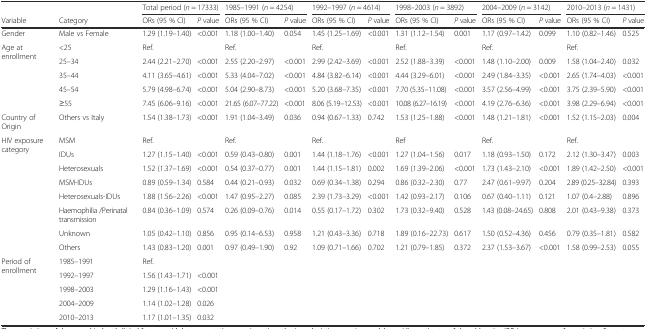
<table><thead><tr><td></td><td></td><td colspan="2"><b>Total period (<i>n</i> = 17333)</b></td><td colspan="2"><b>1985–1991 (<i>n</i> = 4254)</b></td><td colspan="2"><b>1992–1997 (<i>n</i> = 4614)</b></td><td colspan="2"><b>1998–2003 (<i>n</i> = 3892)</b></td><td colspan="2"><b>2004–2009 (<i>n</i> = 3142)</b></td><td colspan="2"><b>2010–2013 (<i>n</i> = 1431)</b></td></tr><tr><td><b>Variable</b></td><td><b>Category</b></td><td><b>ORs (95 % CI)</b></td><td><b><i>P</i> value</b></td><td><b>ORs (95 % CI)</b></td><td><b><i>P</i> value</b></td><td><b>ORs (95 % CI)</b></td><td><b><i>P</i> value</b></td><td><b>ORs (95 % CI)</b></td><td><b><i>P</i> value</b></td><td><b>ORs (95 % CI)</b></td><td><b><i>P</i> value</b></td><td><b>ORs (95 % CI)</b></td><td><b><i>P</i> value</b></td></tr></thead><tbody><tr><td>Gender</td><td>Male vs Female</td><td>1.29 (1.19–1.40)</td><td>&lt;0.001</td><td>1.18 (1.00–1.40)</td><td>0.054</td><td>1.45 (1.25–1.69)</td><td>&lt;0.001</td><td>1.31 (1.12–1.54)</td><td>0.001</td><td>1.17 (0.97–1.42)</td><td>0.099</td><td>1.10 (0.82–1.46)</td><td>0.525</td></tr><tr><td rowspan="5">Age at enrollment</td><td>&lt;25</td><td>Ref.</td><td></td><td>Ref.</td><td></td><td>Ref.</td><td></td><td>Ref.</td><td></td><td>Ref.</td><td></td><td>Ref.</td><td></td></tr><tr><td>25–34</td><td>2.44 (2.21–2.70)</td><td>&lt;0.001</td><td>2.55 (2.20–2.97)</td><td>&lt;0.001</td><td>2.99 (2.42–3.69)</td><td>&lt;0.001</td><td>2.52 (1.88–3.39)</td><td>&lt;0.001</td><td>1.48 (1.10–2.00)</td><td>0.009</td><td>1.58 (1.04–2.40)</td><td>0.032</td></tr><tr><td>35–44</td><td>4.11 (3.65–4.61)</td><td>&lt;0.001</td><td>5.33 (4.04–7.02)</td><td>&lt;0.001</td><td>4.84 (3.82–6.14)</td><td>&lt;0.001</td><td>4.44 (3.29–6.01)</td><td>&lt;0.001</td><td>2.49 (1.84–3.35)</td><td>&lt;0.001</td><td>2.65 (1.74–4.03)</td><td>&lt;0.001</td></tr><tr><td>45–54</td><td>5.79 (4.98–6.74)</td><td>&lt;0.001</td><td>5.04 (2.90–8.73)</td><td>&lt;0.001</td><td>5.20 (3.68–7.35)</td><td>&lt;0.001</td><td>7.70 (5.35–11.08)</td><td>&lt;0.001</td><td>3.57 (2.56–4.99)</td><td>&lt;0.001</td><td>3.75 (2.39–5.90)</td><td>&lt;0.001</td></tr><tr><td>≥55</td><td>7.45 (6.06–9.16)</td><td>&lt;0.001</td><td>21.65 (6.07–77.22)</td><td>&lt;0.001</td><td>8.06 (5.19–12.53)</td><td>&lt;0.001</td><td>10.08 (6.27–16.19)</td><td>&lt;0.001</td><td>4.19 (2.76–6.36)</td><td>&lt;0.001</td><td>3.98 (2.29–6.94)</td><td>&lt;0.001</td></tr><tr><td>Country of Origin</td><td>Others vs Italy</td><td>1.54 (1.38–1.73)</td><td>&lt;0.001</td><td>1.91 (1.04–3.49)</td><td>0.036</td><td>0.94 (0.67–1.33)</td><td>0.742</td><td>1.53 (1.25–1.88)</td><td>&lt;0.001</td><td>1.48 (1.21–1.81)</td><td>&lt;0.001</td><td>1.52 (1.15–2.03)</td><td>0.004</td></tr><tr><td rowspan="8">HIV exposure category</td><td>MSM</td><td>Ref.</td><td></td><td>Ref.</td><td></td><td>Ref.</td><td></td><td>Ref</td><td></td><td>Ref.</td><td></td><td>Ref.</td><td></td></tr><tr><td>IDUs</td><td>1.27 (1.15–1.40)</td><td>&lt;0.001</td><td>0.59 (0.43–0.80)</td><td>0.001</td><td>1.44 (1.18–1.76)</td><td>&lt;0.001</td><td>1.27 (1.04–1.56)</td><td>0.017</td><td>1.18 (0.93–1.50)</td><td>0.172</td><td>2.12 (1.30–3.47)</td><td>0.003</td></tr><tr><td>Heterosexuals</td><td>1.52 (1.37–1.69)</td><td>&lt;0.001</td><td>0.54 (0.37–0.77)</td><td>0.001</td><td>1.44 (1.15–1.81)</td><td>0.002</td><td>1.69 (1.39–2.06)</td><td>&lt;0.001</td><td>1.73 (1.43–2.10)</td><td>&lt;0.001</td><td>1.89 (1.42–2.50)</td><td>&lt;0.001</td></tr><tr><td>MSM-IDUs</td><td>0.89 (0.59–1.34)</td><td>0.584</td><td>0.44 (0.21–0.93)</td><td>0.032</td><td>0.69 (0.34–1.38)</td><td>0.294</td><td>0.86 (0.32–2.30)</td><td>0.77</td><td>2.47 (0.61–9.97)</td><td>0.204</td><td>2.89 (0.25–32.84)</td><td>0.393</td></tr><tr><td>Heterosexuals-IDUs</td><td>1.88 (1.56–2.26)</td><td>&lt;0.001</td><td>1.47 (0.95–2.27)</td><td>0.085</td><td>2.39 (1.73–3.29)</td><td>&lt;0.001</td><td>1.42 (0.93–2.17)</td><td>0.106</td><td>0.67 (0.40–1.11)</td><td>0.121</td><td>1.07 (0.4–2.88)</td><td>0.896</td></tr><tr><td>Haemophilia /Perinatal transmission</td><td>0.84 (0.36–1.09)</td><td>0.574</td><td>0.26 (0.09–0.76)</td><td>0.014</td><td>0.55 (0.17–1.72)</td><td>0.302</td><td>1.73 (0.32–9.40)</td><td>0.528</td><td>1.43 (0.08–24.65)</td><td>0.808</td><td>2.01 (0.43–9.38)</td><td>0.373</td></tr><tr><td>Unknown</td><td>1.05 (0.42–1.10)</td><td>0.856</td><td>0.95 (0.14–6.53)</td><td>0.958</td><td>1.21 (0.43–3.36)</td><td>0.718</td><td>1.89 (0.16–22.73)</td><td>0.617</td><td>1.50 (0.52–4.36)</td><td>0.456</td><td>0.79 (0.35–1.81)</td><td>0.582</td></tr><tr><td>Others</td><td>1.43 (0.83–1.20)</td><td>0.001</td><td>0.97 (0.49–1.90)</td><td>0.92</td><td>1.09 (0.71–1.66)</td><td>0.702</td><td>1.21 (0.79–1.85)</td><td>0.372</td><td>2.37 (1.53–3.67)</td><td>&lt;0.001</td><td>1.58 (0.99–2.53)</td><td>0.055</td></tr><tr><td rowspan="5">Period of enrollment</td><td>1985–1991</td><td>Ref.</td><td></td><td></td><td></td><td></td><td></td><td></td><td></td><td></td><td></td><td></td><td></td></tr><tr><td>1992–1997</td><td>1.56 (1.43–1.71)</td><td>&lt;0.001</td><td></td><td></td><td></td><td></td><td></td><td></td><td></td><td></td><td></td><td></td></tr><tr><td>1998–2003</td><td>1.29 (1.16–1.43)</td><td>&lt;0.001</td><td></td><td></td><td></td><td></td><td></td><td></td><td></td><td></td><td></td><td></td></tr><tr><td>2004–2009</td><td>1.14 (1.02–1.28)</td><td>0.026</td><td></td><td></td><td></td><td></td><td></td><td></td><td></td><td></td><td></td><td></td></tr><tr><td>2010–2013</td><td>1.17 (1.01–1.35)</td><td>0.032</td><td></td><td></td><td></td><td></td><td></td><td></td><td></td><td></td><td></td><td></td></tr></tbody></table>